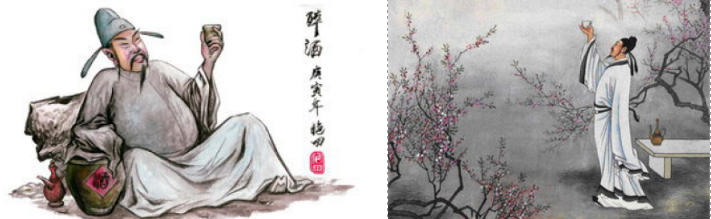
不惜千金买宝刀，貂裘换酒也堪豪。